Civil Veterinary Dept. Bombay admin report 1900-1906 - 1900-1906
Year: 1900
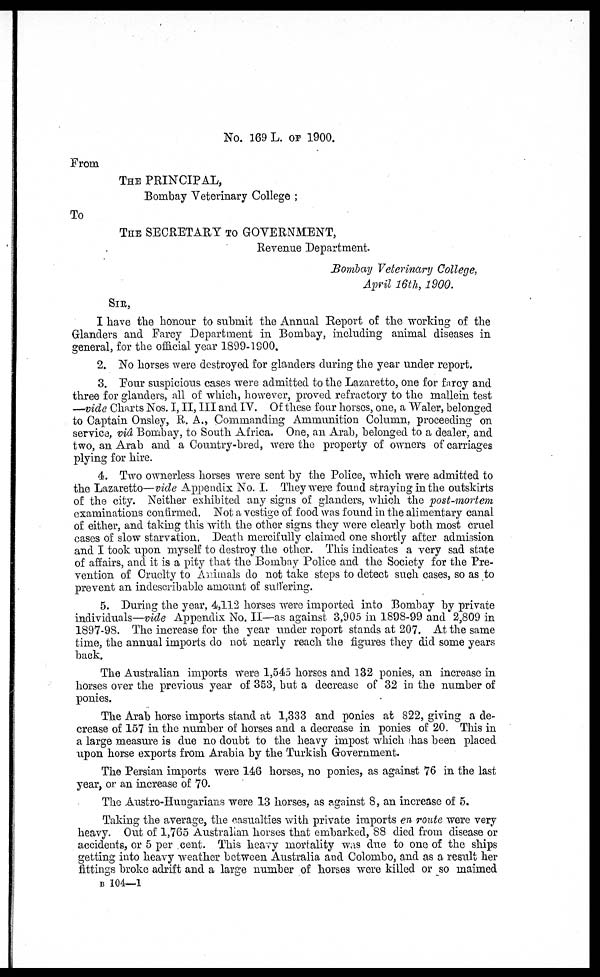
NO. 169 L. OF 1900.
From
THE PRINCIPAL,
Bombay Veterinary College;
To
THE SECRETARY TO GOVERNMENT,
Revenue Department.
Bombay Veterinary College,
April 16th, 1900.
SIR,
I have the honour to submit the Annual Report of the working of the
Glanders and Farcy Department in Bombay, including animal diseases in
general, for the official year 1899-1900.
2. No horses were destroyed for glanders during the year under report.
3. Four suspicious cases were admitted to the Lazaretto, one for farcy and
three for glanders, all of which, however, proved refractory to the mallein test
—vide Charts Nos. I, II, III and IV. Of these four horses, one, a Waler, belonged
to Captain Onsley, R. A., Commanding Ammunition Column, proceeding on
service, viâ Bombay, to South Africa. One, an Arab, belonged to a dealer, and
two, an Arab and a Country-bred, were the property of owners of carriages
plying for hire.
4. Two ownerless horses were sent by the Police, which were admitted to
the Lazaretto—vide Appendix No. I. They were found straying in the outskirts
of the city. Neither exhibited any signs of glanders, which the post-mortem
examinations confirmed. Not a vestige of food was found in the alimentary canal
of either, and taking this with the other signs they were clearly both most cruel
cases of slow starvation. Death mercifully claimed one shortly after admission
and I took upon myself to destroy the other. This indicates a very sad state
of affairs, and it is a pity that the Bombay Police and the Society for the Pre-
vention of Cruelty to Animals do not take steps to detect such cases, so as to
prevent an indescribable amount of suffering.
5. During the year, 4,112 horses were imported into Bombay by private
individuals—vide Appendix No. II—as against 3,905 in 1898-99 and 2,809 in
1897-98. The increase for the year under report stands at 207. At the same
time, the annual imports do not nearly reach the figures they did some years
back.
The Australian imports were 1,545 horses and 132 ponies, an increase in
horses over the previous year of 353, but a decrease of 32 in the number of
ponies.
The Arab horse imports stand at 1,333 and ponies at 822, giving a de-
crease of 157 in the number of horses and a decrease in ponies of 20. This in
a large measure is due no doubt to the heavy impost which has been placed
upon horse exports from Arabia by the Turkish Government.
The Persian imports were 146 horses, no ponies, as against 76 in the last
year, or an increase of 70.
The Austro-Hungarians were 13 horses, as against 8, an increase of 5.
Taking the average, the casualties with private imports en route were very
heavy. Out of 1,765 Australian horses that embarked, 88 died from disease or
accidents, or 5 per cent. This heavy mortality was due to one of the ships
getting into heavy weather between Australia and Colombo, and as a result her
fittings broke adrift and a large number of horses were killed or so maimed
B 104—1